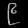
Digit: ၉